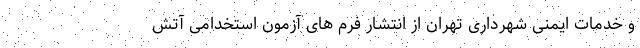
و خدمات ایمنی شهرداری تهران از انتشار فرم های آزمون استخدامی آتش